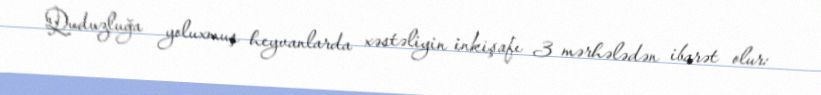
Quduzluğa yoluxmuş heyvanlarda xəstəliyin inkişafı 3 mərhələdən ibarət olur: